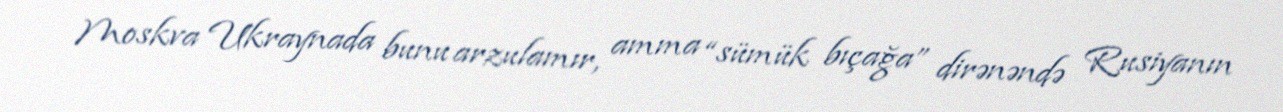
Moskva Ukraynada bunu arzulamır, amma “sümük bıçağa” dirənəndə Rusiyanın